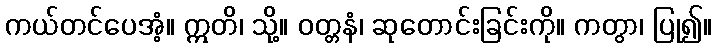
ကယ်တင်ပေအံ့။ ဣတိ၊ သို့။ ဝတ္တနံ၊ ဆုတောင်းခြင်းကို။ ကတွာ၊ ပြု၍။